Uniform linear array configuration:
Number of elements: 16
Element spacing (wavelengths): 0.5
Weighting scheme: kaiser
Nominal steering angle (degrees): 30
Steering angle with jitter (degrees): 30.497
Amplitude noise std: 0.05
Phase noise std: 0.05

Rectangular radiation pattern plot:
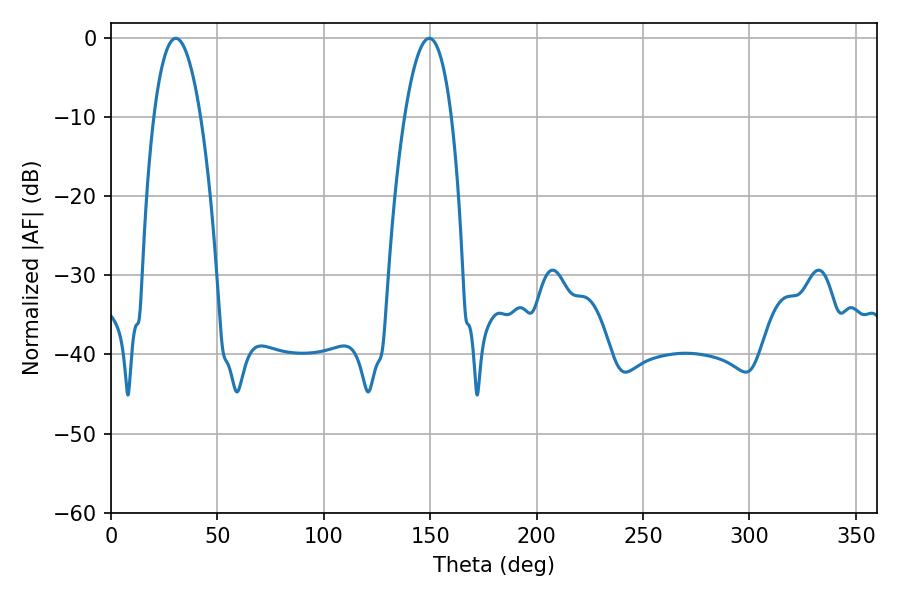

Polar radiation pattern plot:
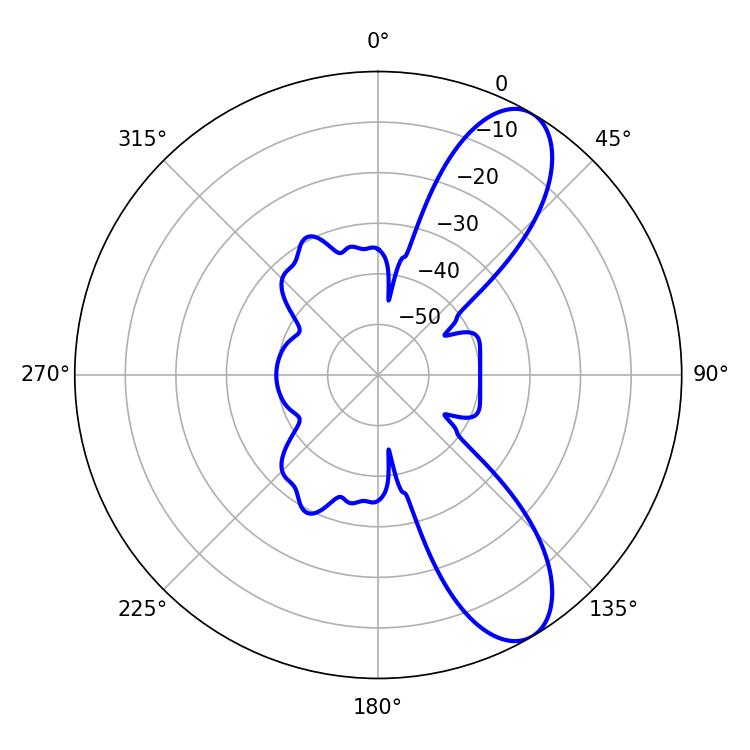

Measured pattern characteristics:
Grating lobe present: FALSE
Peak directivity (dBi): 9.362
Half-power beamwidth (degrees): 12.24
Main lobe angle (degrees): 30.42